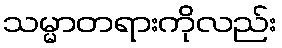
သမ္မာတရားကိုလည်း